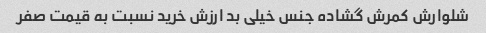
شلوارش کمرش گشاده جنس خیلی بد ارزش خرید نسبت به قیمت صفر